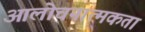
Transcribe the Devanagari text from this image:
आलोचनात्मकता